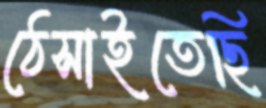
ঠেসাইতেছি